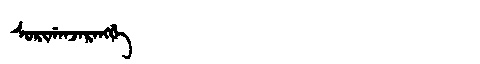
Manchu: ᠰᠣᡵᡳᡤᠠᠨᠵᠠᡵᠠᠩᡤᡝ
Romanization: SORIGANJARANGGE